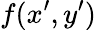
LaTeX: f(x^{\prime},y^{\prime})